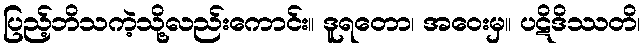
ပြည့်ဘိသကဲ့သို့လည်းကောင်း။ ဒူရတော၊ အဝေးမှ။ ပဋိဒိဿတိ၊